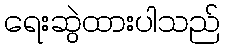
ရေးဆွဲထားပါသည်